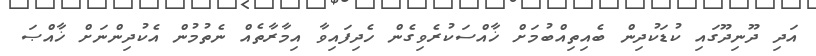
އަދި ދޫނިދޫގައި ކުޑަކުދިން ބެއިތިއްބުމަށް ޚާއްސަކުރެވިގެން ހެދިފައިވާ އިމާރާތެއް ނެތުމުން އެކުދިންނަށް ޚާއްޞަ